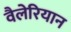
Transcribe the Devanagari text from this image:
वैलेरियान